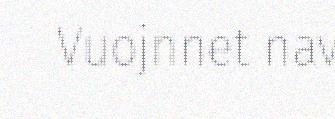
Vuojnnet nav